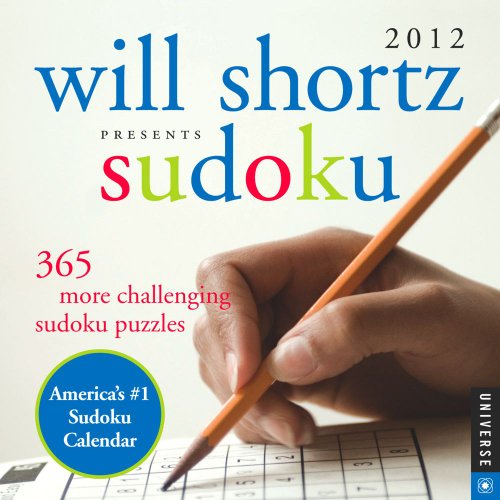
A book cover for Will Shortz Presents Sudoku: 365 More Challenging Sudoku Puzzles: 2012 Day-to-Day Calendar; Will Shortz; Calendars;